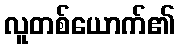
လူတစ်ယောက်၏